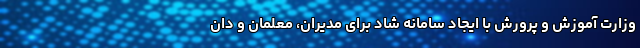
وزارت آموزش و پرورش با ایجاد سامانه شاد برای مدیران، معلمان و دان